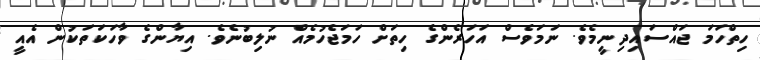
ހިތްހަމަ ޖައްސައިދިނީމެވެ. ނަމަވެސް އަހަރެންގެ ހިތަށް ހަމަޖެހުމެއް ނުލިބުނެވެ. އިޔާންގެ ވާހަކަތަކުން އެއީ